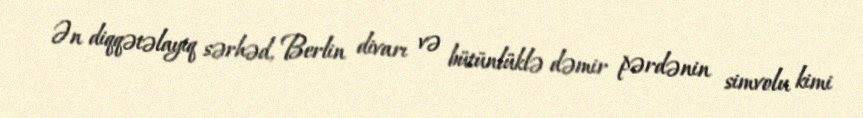
Ən diqqətəlayiq sərhəd, Berlin divarı və bütünlüklə dəmir pərdənin simvolu kimi